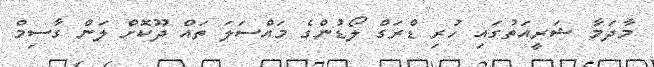
މާދަމާ ޝަރީއަތުގައި ހުރި ޑްރަގް ލޯޑުންގެ މައްސަލަ ތައް ދޫކޮށް ލަން ގާސިމް